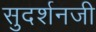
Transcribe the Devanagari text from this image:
सुदर्शनजी